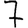
Digit: 7